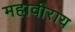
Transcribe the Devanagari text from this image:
महावीराय